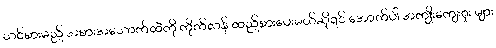
သင်စားမည့် အစားအသောက်ထဲကို ကိုက်လန် ထည့်စားပေးမယ်ဆိုရင် အောက်ပါ အကျိုးကျေးဇူး များ